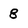
Character: 8